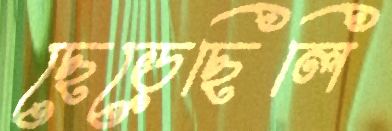
ছেড়েছিলি